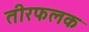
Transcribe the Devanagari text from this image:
तीरफलक